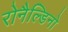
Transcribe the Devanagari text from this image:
रोनैल्डिनो